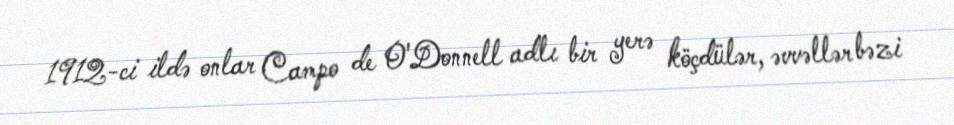
1912-ci ildə onlar Campo de O'Donnell adlı bir yerə köçdülər, əvvəllər bəzi